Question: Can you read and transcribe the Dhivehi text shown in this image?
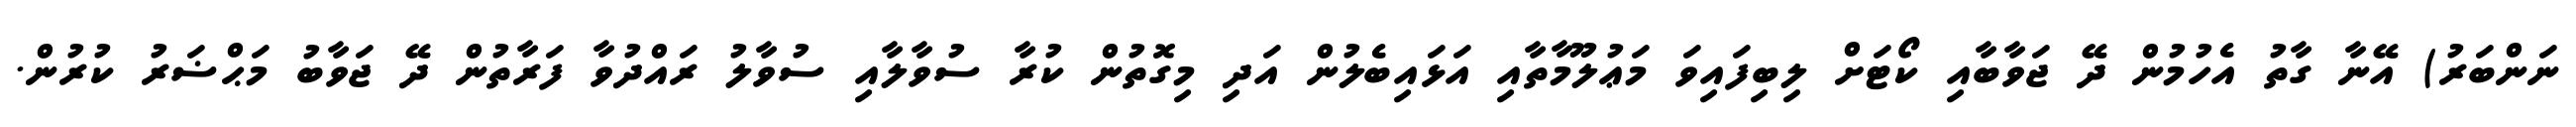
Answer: ނަންބަރު) އޭނާ ގާތު އެހުމުން ދޭ ޖަވާބާއި ކޯޓަށް ލިބިފައިވަ މަޢުލޫމާތާއި އަޅައިބެލުން އަދި މިގޮތުން ކުރާ ސުވާލާއި ސުވާލު ރައްދުވާ ފަރާތުން ދޭ ޖަވާބު މަޙްޟަރު ކުރުން.